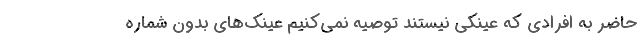
حاضر به افرادی که عینکی نیستند توصیه نمی‌کنیم عینک‌های بدون شماره